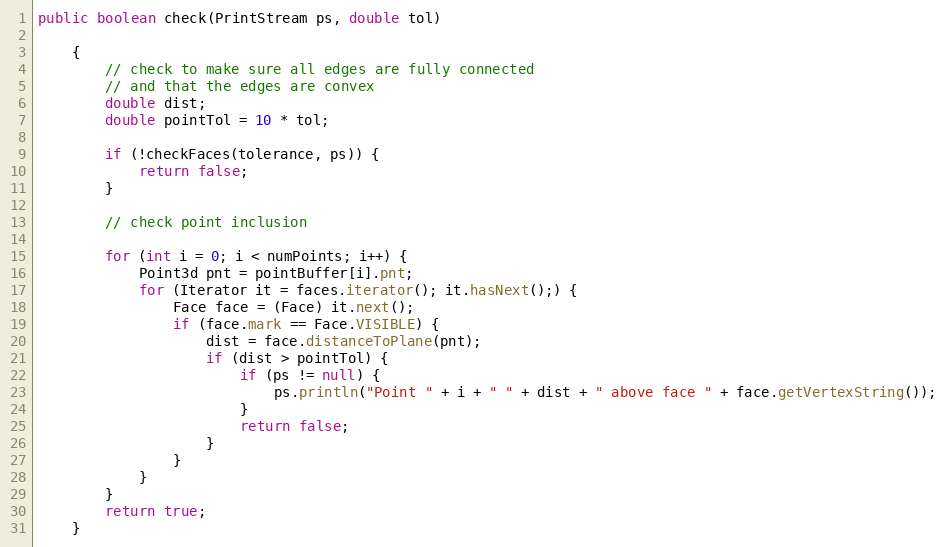
Language: Java
public boolean check(PrintStream ps, double tol)

    {
        // check to make sure all edges are fully connected
        // and that the edges are convex
        double dist;
        double pointTol = 10 * tol;

        if (!checkFaces(tolerance, ps)) {
            return false;
        }

        // check point inclusion

        for (int i = 0; i < numPoints; i++) {
            Point3d pnt = pointBuffer[i].pnt;
            for (Iterator it = faces.iterator(); it.hasNext();) {
                Face face = (Face) it.next();
                if (face.mark == Face.VISIBLE) {
                    dist = face.distanceToPlane(pnt);
                    if (dist > pointTol) {
                        if (ps != null) {
                            ps.println("Point " + i + " " + dist + " above face " + face.getVertexString());
                        }
                        return false;
                    }
                }
            }
        }
        return true;
    }